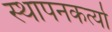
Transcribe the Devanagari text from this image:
स्थापनकर्त्या